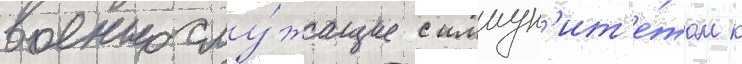
военнослу́жащие с иммун'ит'е́том к